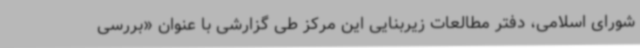
شورای اسلامی، دفتر مطالعات زیربنایی این مرکز طی گزارشی با عنوان «بررسی